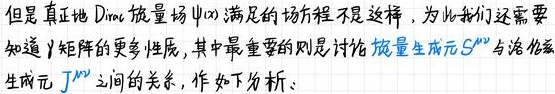
但是真正地 Dirac 旋量场 $\psi(x)$ 满足的场方程不是这样，为此我们还需要知道 $\gamma$ 矩阵的更多性质，其中最重要的则是讨论旋量生成元 $S^{\mu\nu}$ 与洛伦兹生成元 $J^{\mu\nu}$ 之间的关系，作如下分析：